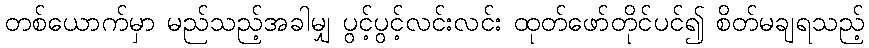
တစ်ယောက်မှာ မည်သည့်အခါမျှ ပွင့်ပွင့်လင်းလင်း ထုတ်ဖော်တိုင်ပင်၍ စိတ်မချရသည့်